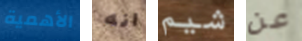
الأهمية انه شيم عن